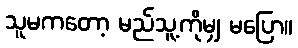
သူမကတော့ မည်သူ့ကိုမျှ မပြော။